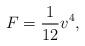
LaTeX: \begin{align*}F=\frac1{12} v^4,\end{align*}